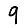
Digit: 9